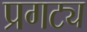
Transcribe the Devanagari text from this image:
प्रगट्य